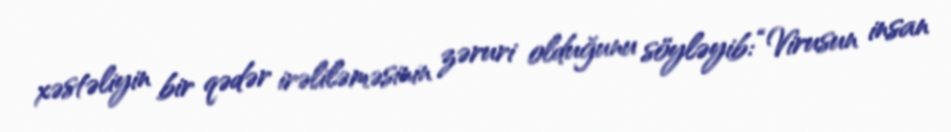
xəstəliyin bir qədər irəliləməsinin zəruri olduğunu söyləyib: “Virusun insan